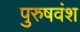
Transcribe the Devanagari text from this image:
पुरुषवंश